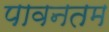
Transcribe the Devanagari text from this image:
पावनतम